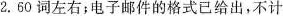
2.60词左右；电子邮件的格式已给出，不计